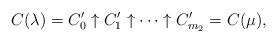
LaTeX: \begin{align*} C(\lambda) = C'_0 \uparrow C'_1 \uparrow \cdots \uparrow C'_{m_2} = C(\mu), \end{align*}